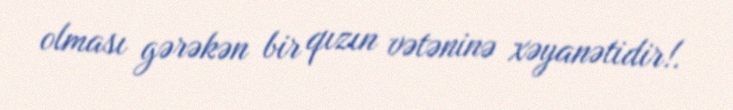
olması gərəkən bir qızın vətəninə xəyanətidir!.